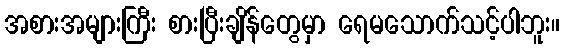
အစားအများကြီး စားပြီးချိန်တွေမှာ ရေမသောက်သင့်ပါဘူး။